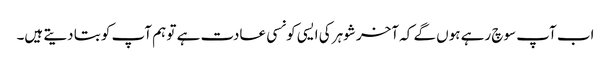
اب آپ سوچ رہے ہوں گے کہ آخر شوہر کی ایسی کونسی عادت ہے تو ہم آپ کو بتا دیتے ہیں۔